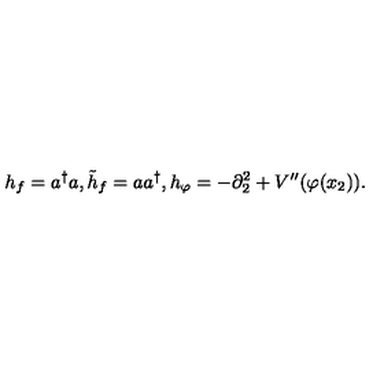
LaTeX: h _ { f } = a ^ { \dagger } a , { \tilde { h } } _ { f } = a a ^ { \dagger } , h _ { \varphi } = - \partial _ { 2 } ^ { 2 } + V ^ { \prime \prime } ( \varphi ( x _ { 2 } ) ) .